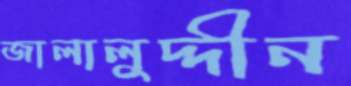
জালালুদ্দীন